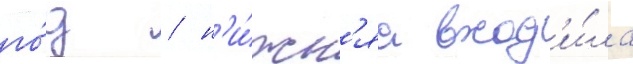
го́д / н'и́жн'яа вход'и́ла